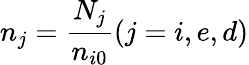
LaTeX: n_{j}=\frac{N_{j}}{n_{i0}}(j=i,e,d)